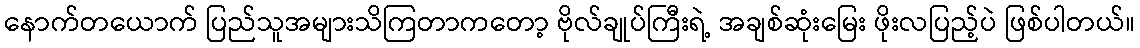
နောက်တယောက် ပြည်သူအများသိကြတာကတော့ ဗိုလ်ချုပ်ကြီးရဲ့ အချစ်ဆုံးမြေး ဖိုးလပြည့်ပဲ ဖြစ်ပါတယ်။